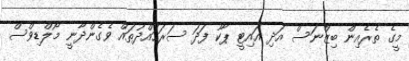
މީގެ ތެރެއިން ބިޒްނަސް އަދި އައިޓީ ޕާކު ފަދަ ސަރަހައްދުތައް ވެގެންދާނީ މޯލްޑިވްސް